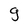
Character: g